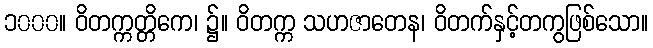
၁၀၀၀။ ဝိတက္ကတ္တိကေ၊ ၌။ ဝိတက္က သဟဇာတေန၊ ဝိတက်နှင့်တကွဖြစ်သော။